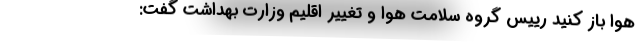
هوا باز کنید رییس گروه سلامت هوا و تغییر اقلیم وزارت بهداشت گفت: